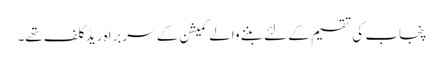
پنجاب کی تقسیم کے لئے بننے والے کمیشن کے سربراہ ریڈ کلف تھے۔